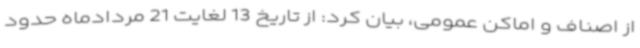
از اصناف و اماکن عمومی، بیان کرد: از تاریخ 13 لغایت 21 مردادماه حدود